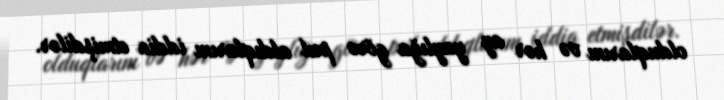
olduqlarını və hər ay yaylığa görə pul aldıqlarını iddia etmişdilər.